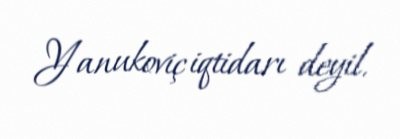
Yanukoviç iqtidarı deyil.